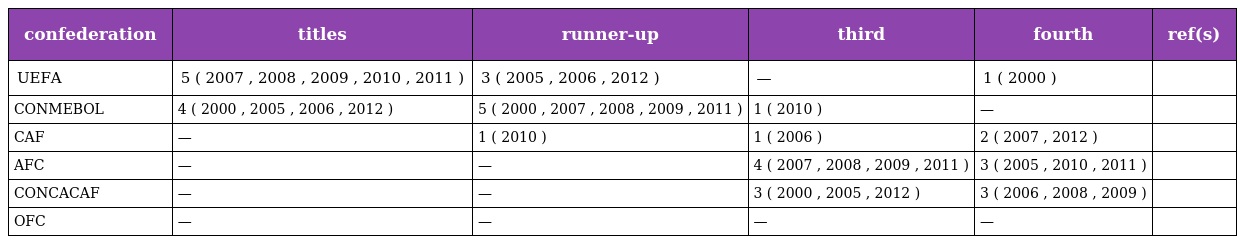
| confederation | titles | runner-up | third | fourth | ref(s) |
 | --- | --- | --- | --- | --- | --- |
 | UEFA | 5 ( 2007 , 2008 , 2009 , 2010 , 2011 ) | 3 ( 2005 , 2006 , 2012 ) | — | 1 ( 2000 ) |  |
 | CONMEBOL | 4 ( 2000 , 2005 , 2006 , 2012 ) | 5 ( 2000 , 2007 , 2008 , 2009 , 2011 ) | 1 ( 2010 ) | — |  |
 | CAF | — | 1 ( 2010 ) | 1 ( 2006 ) | 2 ( 2007 , 2012 ) |  |
 | AFC | — | — | 4 ( 2007 , 2008 , 2009 , 2011 ) | 3 ( 2005 , 2010 , 2011 ) |  |
 | CONCACAF | — | — | 3 ( 2000 , 2005 , 2012 ) | 3 ( 2006 , 2008 , 2009 ) |  |
 | OFC | — | — | — | — |  |